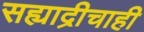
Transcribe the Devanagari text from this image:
सह्याद्रीचाही